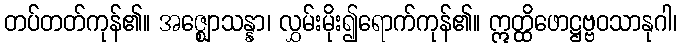
တပ်တတ်ကုန်၏။ အဇ္ဈောသန္နာ၊ လွှမ်းမိုး၍ရောက်ကုန်၏။ ဣတ္ထိဖောဋ္ဌဗ္ဗဝသာနုဂါ၊